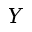
Y